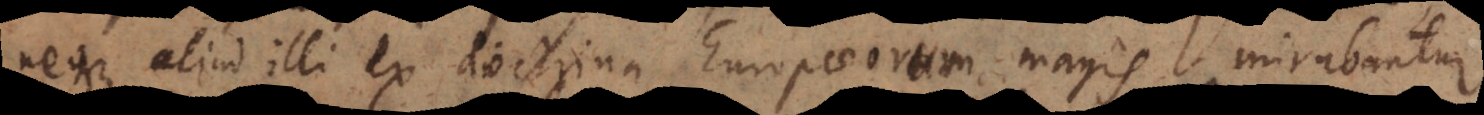
e aliud illi ex doctrina Europaeorum magis mirabantur